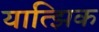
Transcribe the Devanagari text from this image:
यात्झिक